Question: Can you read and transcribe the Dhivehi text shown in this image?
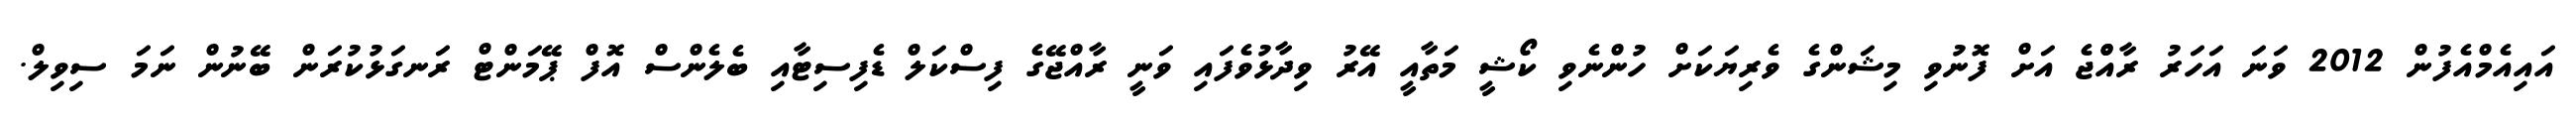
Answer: އައިއެމްއެފުން 2012 ވަނަ އަހަރު ރާއްްޖެ އަށް ފޮނުވި މިޝަންގެ ވެރިޔަކަށް ހުންނެވި ކޯޝީ މަތާއީ އޭރު ވިދާޅުވެފައި ވަނީ ރާއްޖޭގެ ފިސްކަލް ޑެފިސިޓާއި ބެލެންސް އޮފް ޕޭމަންޓް ރަނގަޅުކުރަން ބޭނުން ނަމަ ސިވިލް.